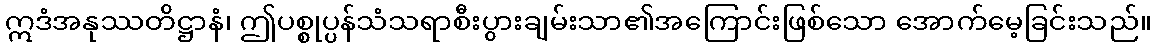
ဣဒံအနုဿတိဋ္ဌာနံ၊ ဤပစ္စုပ္ပန်သံသရာစီးပွားချမ်းသာ၏အကြောင်းဖြစ်သော အောက်မေ့ခြင်းသည်။